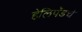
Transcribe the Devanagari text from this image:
हेलिपॅडचे